Lunatic asylums United Provinces 1899-1908 - 1899-1908
Year: 1899
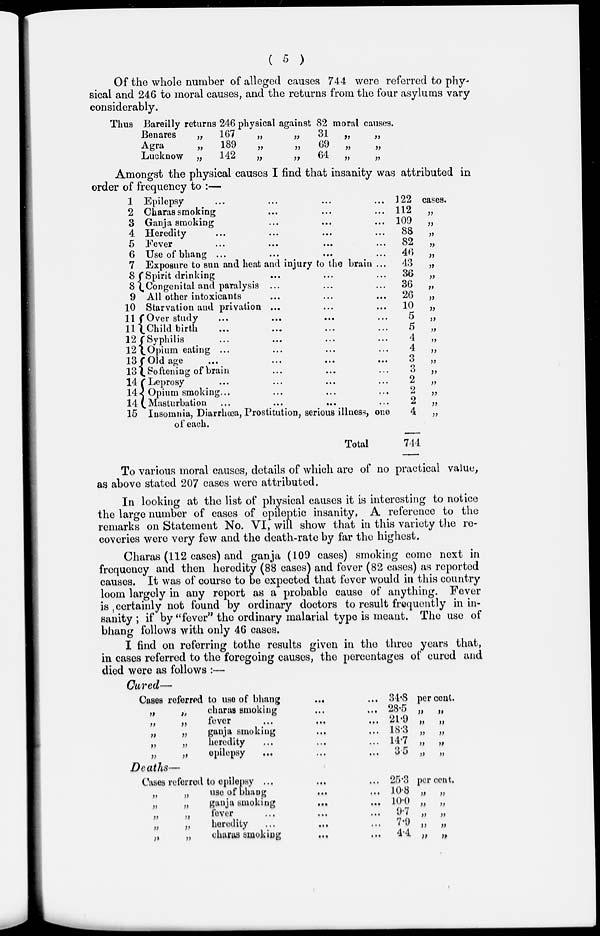
( 5 )
Of the whole number of alleged causes 744 were referred to phy-
sical and 246 to moral causes, and the returns from the four asylums vary
considerably.
Thus Bareilly returns 246 physical against 82 moral causes.
Benares
Agra
Lucknow
„
„
„
167
189
142
„
„
„
„
„
„
31
69
64
„
„
„
„
„
„
Amongst the physical causes I find that insanity was attributed in
order of frequency to :—
1
2
3
4
5
6
7
8
8
9
10
11
11
l2
12
13
13
14
14
14
15
Epilepsy … … … …
Charas smoking ... ... ...
Ganja smoking ... ... ...
Heredity … … … …
Fever … … … …
Use of bhang ... ... ... ...
Exposure to sun and heat and injury to the brain ...
Spirit drinking … … …
Congenital and paralysis ... … …
All other intoxicants … … …
Starvation and privation ... … …
Over study … … ……
Child birth … … … …
Syphilis … … … …
Opium eating ... … … …
Old age … … … …
Softening of brain … … …
Leprosy … … … …
Opium smoking … … … …
Masturbation … … … …
Insomnia, Diarrhœa, Prostitution, serious illness, one
of each.
Total
122
112
109
88
82
46
43
36
36
26
10
5
5
4
4
3
3
2
2
2
4
744
cases.
„
„
„
„
„
„
„
„
„
„
„
„
„
„
„
„
„
„
„
„
To various moral causes, details of which are of no practical value,
as above stated 207 cases were attributed.
In looking at the list of physical causes it is interesting to notice
the large number of cases of epileptic insanity. A reference to the
remarks on Statement No. VI, will show that in this variety the re-
coveries were very few and the death-rate by far the highest.
Charas (112 cases) and ganja (109 cases) smoking come next in
frequency and then heredity (88 cases) and fever (82 cases) as reported
causes. It was of course to be expected that fever would in this country
loom largely in any report as a probable cause of anything. Fever
is, certainly not found by ordinary doctors to result frequently in in-
sanity; if by "fever" the ordinary malarial type is meant. The use of
bhang follows with only 46 cases.
I find on referring to the results given in the three years that,
in cases referred to the foregoing causes, the percentages of cured and
died were as follows :—
Cured—
Cases referred to use of bhang … …
„ „
„ „
„ „
„ „
„ „
charas smoking … …
fever … … …
ganja smoking … …
heredity … … …
epilepsy … … …
34.8 per cent.
28.5 „ „
21.9 „ „
18.3 „ „
14.7 „ „
3.5 „ „
Deaths—
Cases referred to epilepsy … … ...
„ „
„ „
„ „
„ „
„ „
use of bhang … …
ganja smoking … …
fever … … …
heredity … … …
charas smoking … …
25.3 per cent.
10.8 „ „
10.0 „ „
9.7 „ „
7.9 „ „
4.4. „ „